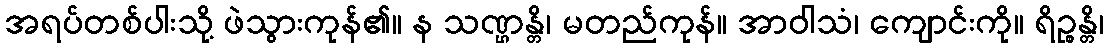
အရပ်တစ်ပါးသို့ ဖဲသွားကုန်၏။ န သဏ္ဌန္တိ၊ မတည်ကုန်။ အာဝါသံ၊ ကျောင်းကို။ ရိဉ္စန္တိ၊